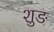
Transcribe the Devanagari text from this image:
शुङ